Report of the Imperial Institute of Veterinary Research, Muktesar
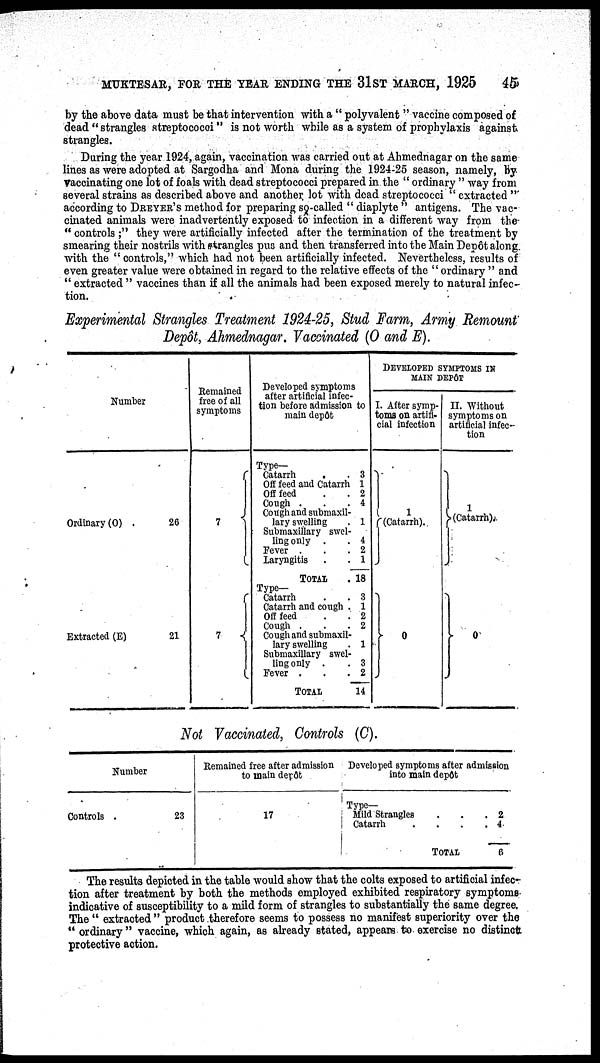
MUKTESAR, FOR THE YEAR ENDING THE 31ST MARCH, 1925
45
by the above data must be that intervention with a " polyvalent "vaccine composed of
dead " strangles streptococci" is not worth while as a system of prophylaxis against
strangles.
During the year 1924, again, vaccination was carried out at Ahmednagar on the same
lines as were adopted at Sargodha and Mona during the 1924-25 season, namely, by
vaccinating one lot of foals with dead streptococci prepared in the " ordinary " way from
several strains as described above and another lot with dead streptococci " extracted "
according to DREYER'S method for preparing so-called " diaplyte " antigens. The vac-
cinated animals were inadvertently exposed to infection, in a different way from the
" controls ;" they were artificially infected after the termination of the treatment by
smearing their nostrils with strangles pus and then transferred into the Main Depôt along
with the " controls," which had not been artificially infected. Nevertheless, results of
even greater value were obtained in regard to the relative effects of the " ordinary " and
" extracted " vaccines than if all the animals had been exposed merely to natural infec-
tion.
Experimental Strangles Treatment 1924-25, Stud Farm, Army Remount
Depôt, Ahmednagar. Vaccinated (O and E).
Number
Ordinary (O)
26
Extracted (E)
21
Remained
free of all
symptoms
7 {
7
{
Developed symptoms
after artificial infec-
tion before admission to
main depôt
Type—
Catarrh
.
. 3
Off feed and Catarrh 1
Off feed
.
. 2
Cough .
.
.4
Cough and submaxil-
lary swelling
. 1
Submaxillary swel-
ling only .
. 4
Fever .
.
.2
laryngitis .
. 1
TOTAL . 18
Type-
Catarrh
.
. 3
Catarrh and cough . 1
Off feed
.
. 2
Cough .
.
.2
Cough and submaxil-
lary swelling
. 1
Submaxillary swel-
ling only .
. 3
Fever .
.
. 2
TOTAL 14
DEVELOPED SYMPTOMS IN
MAIN DEPÔT
I. After symp-
toms on artifi-
cial infection
}
1
(Catarrh)..
} 0
II. Without
symptoms on
artificial infec-
tion
} 1
(Catarrh)
}
0
Not Vaccinated, Controls (C).
Number
Controls
23
Remained free after admission
to main depôt
17
Developed symptoms after admission
into main depôt
Type—
Mild Strangles
.
.
.2
Catarrh
.
.
.
. 4
TOTAL
6
The results depicted in the table would show that the colts exposed to artificial infec-
tion after treatment by both the methods employed exhibited respiratory symptoms
indicative of susceptibility to a mild form of strangles to substantially the same degree.
The " extracted" product therefore seems to possess no manifest superiority over the
"ordinary" vaccine, which again, as already stated, appears to. exercise no distinct
protective action.